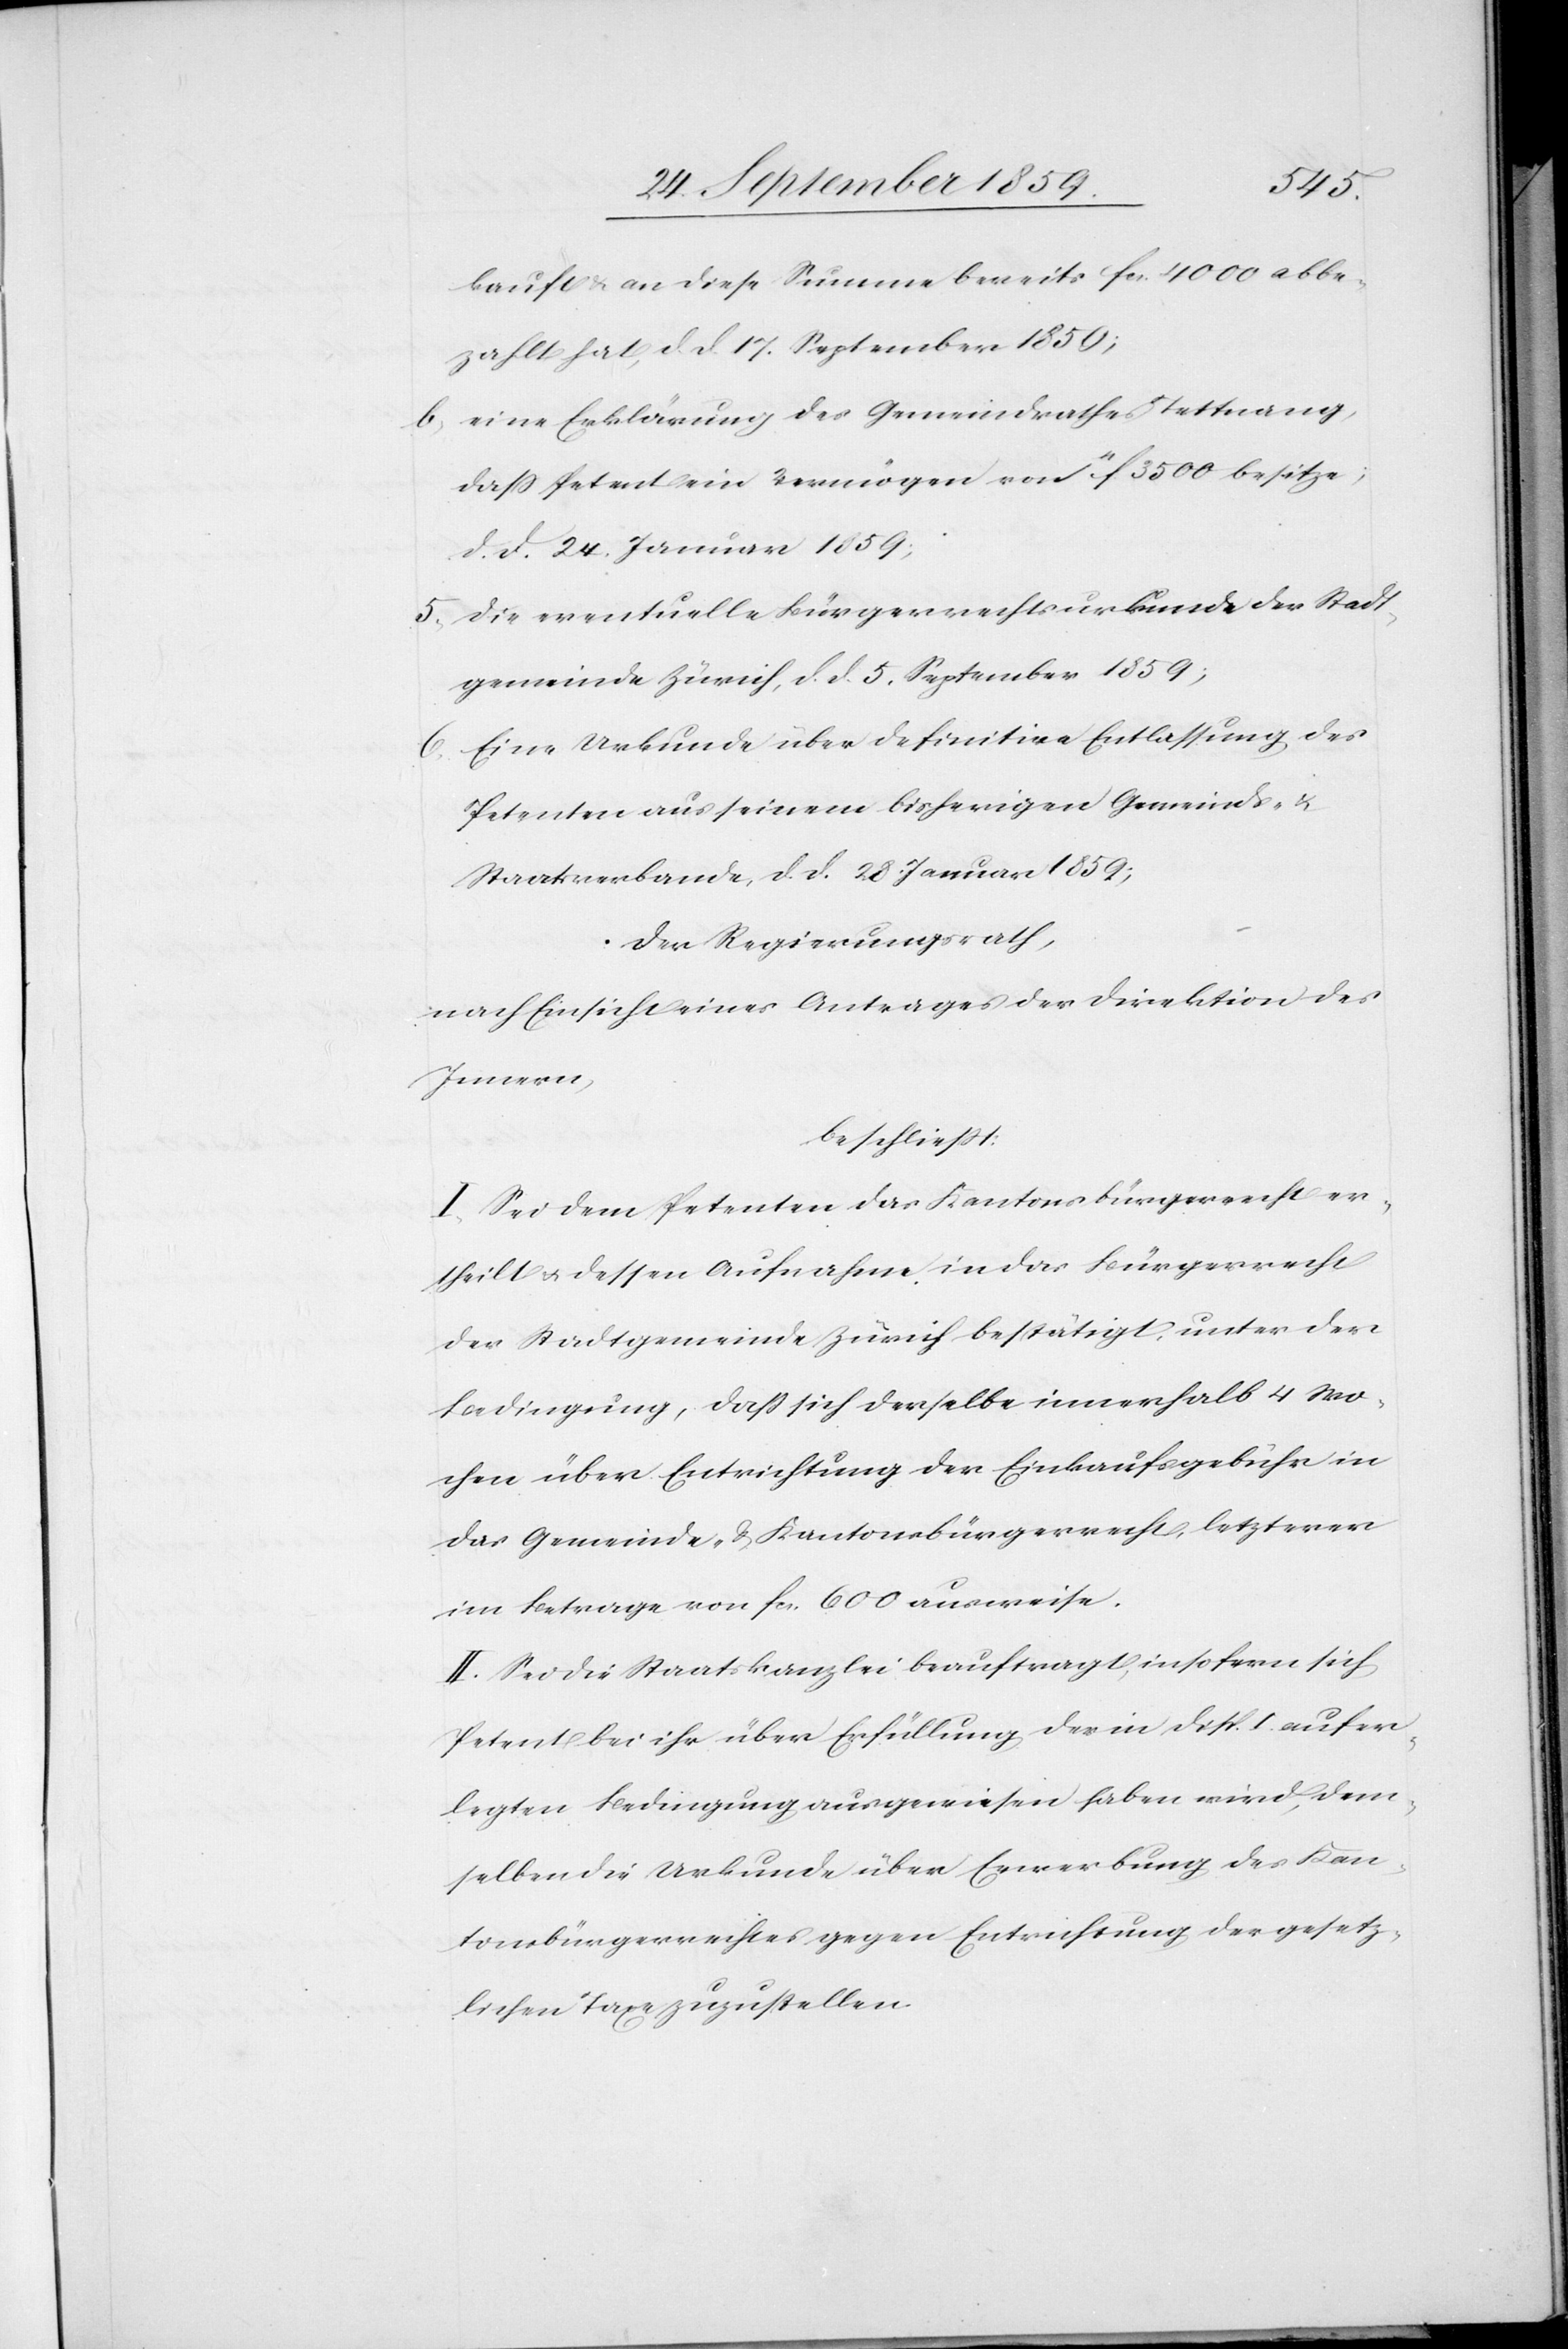
kauft & an diese Summe bereits fcs. 4000 abbe¬
zahlt hat, d. d. 17. September 1859;
b. eine Erklärung des Gemeindrathes Tettnang,
daß Petent ein Vermögen von 11f. 3500 besitze;
d. d. 24. Januar 1859;
5. die eventuelle Bürgerrechtsurkunde der Stadt¬
gemeinde Zürich, d. d. 5. September 1859;
Eine Urkunde über definitive Entlassung des
6.
Petenten aus seinem bisherigen Gemeinds- &
Staatsverbande d. d. 28. Januar 1859;
Der Regierungsrath,
nach Einsicht eines Antrages der Direktion des
Innern,
beschließt:
I. Sei dem Petenten das Kantonsbürgerrecht er¬
theilt & dessen Aufnahme in das Bürgerrecht
der Stadtgemeinde Zürich bestätigt, unter der
Bedingung, daß sich derselbe innerhalb 4 Wo¬
chen über Entrichtung der Einkaufsgebühr in
das Gemeinde- & Kantonsbürgerrecht, letzterer
im Betrage von fcs. 600 ausweise.
II. Sei die Staatskanzlei beauftragt, insofern sich
Petent bei ihr über Erfüllung der in Disp. I. aufer¬
legten Bedingung ausgewiesen haben wird, dem¬
selben die Urkunde über Erwerbung des Kan¬
tonsbürgerrechtes gegen Entrichtung der gesetz¬
lichen Taxe zuzustellen.